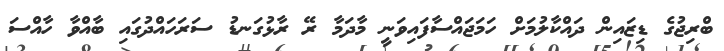
ބްރިޖުގެ ޑިޒައިން ދައްކާލުމަށް ހަމަޖައްސާފައިވަނީ މާދަމާ ރޭ ރާޅުގަނޑު ސަރަހައްދުގައި ބާއްވާ ހާއްސަ